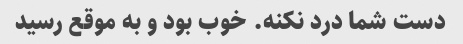
دست شما درد نکنه. خوب بود و به موقع رسید